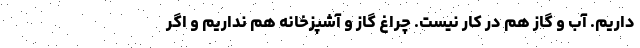
داریم. آب و گاز هم در کار نیست. چراغ گاز و آشپزخانه هم نداریم و اگر